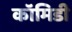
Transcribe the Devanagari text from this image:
कॉमिडी